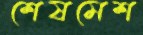
শেষমেশ